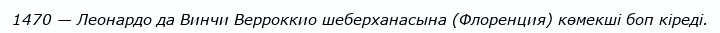
1470 — Леонардо да Винчи Верроккио шеберханасына (Флоренция) көмекші боп кіреді.